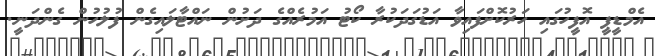
އެމްޑީޕީ އޮފީހުގައި ހަރުކޮށްފައިވާ އަޑުގަދަކުރާ ކޯޓު އަމުރެއްގެ ދަށުން ނައްޓާލައިގެން ފުލުހުން ގެންދަނީ.